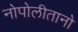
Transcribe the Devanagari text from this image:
नोपोलीतानो